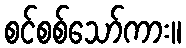
စင်စစ်သော်ကား။